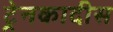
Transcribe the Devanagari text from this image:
ट्रेनकादीस